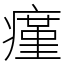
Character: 瘽